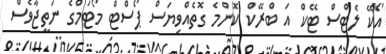
އޯކޭ ލެޓްސް ޓޭކް އަ ބްރޭކް ކޮންމެ ގޮތެއްވިޔަސް ޕޯސްޓް މޯޓަމްގެ ނަތީޖާވެސް